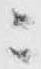
ニ